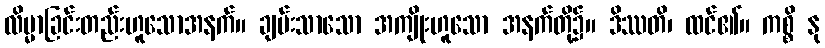
လိမ္မာခြင်းတည်းဟူသောအနက်။ ချမ်းသာသော အကျိုးဟူသော အနက်တို့၌။ ဒိဿတိ၊ ထင်၏။ ကစ္စိ နု